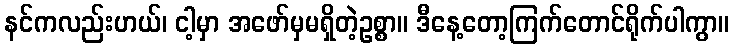
နင်ကလည်းဟယ်၊ ငါ့မှာ အဖော်မှမရှိတဲ့ဥစ္စာ။ ဒီနေ့တော့ကြက်တောင်ရိုက်ပါကွာ။